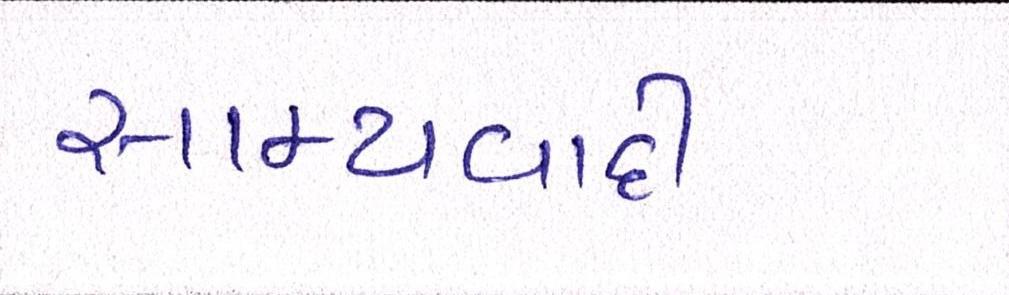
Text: સામ્યવાદી